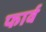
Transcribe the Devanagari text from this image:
फार्व